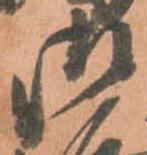
御